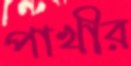
পাখীর